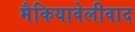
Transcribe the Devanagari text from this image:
मैकियावेलीवाद